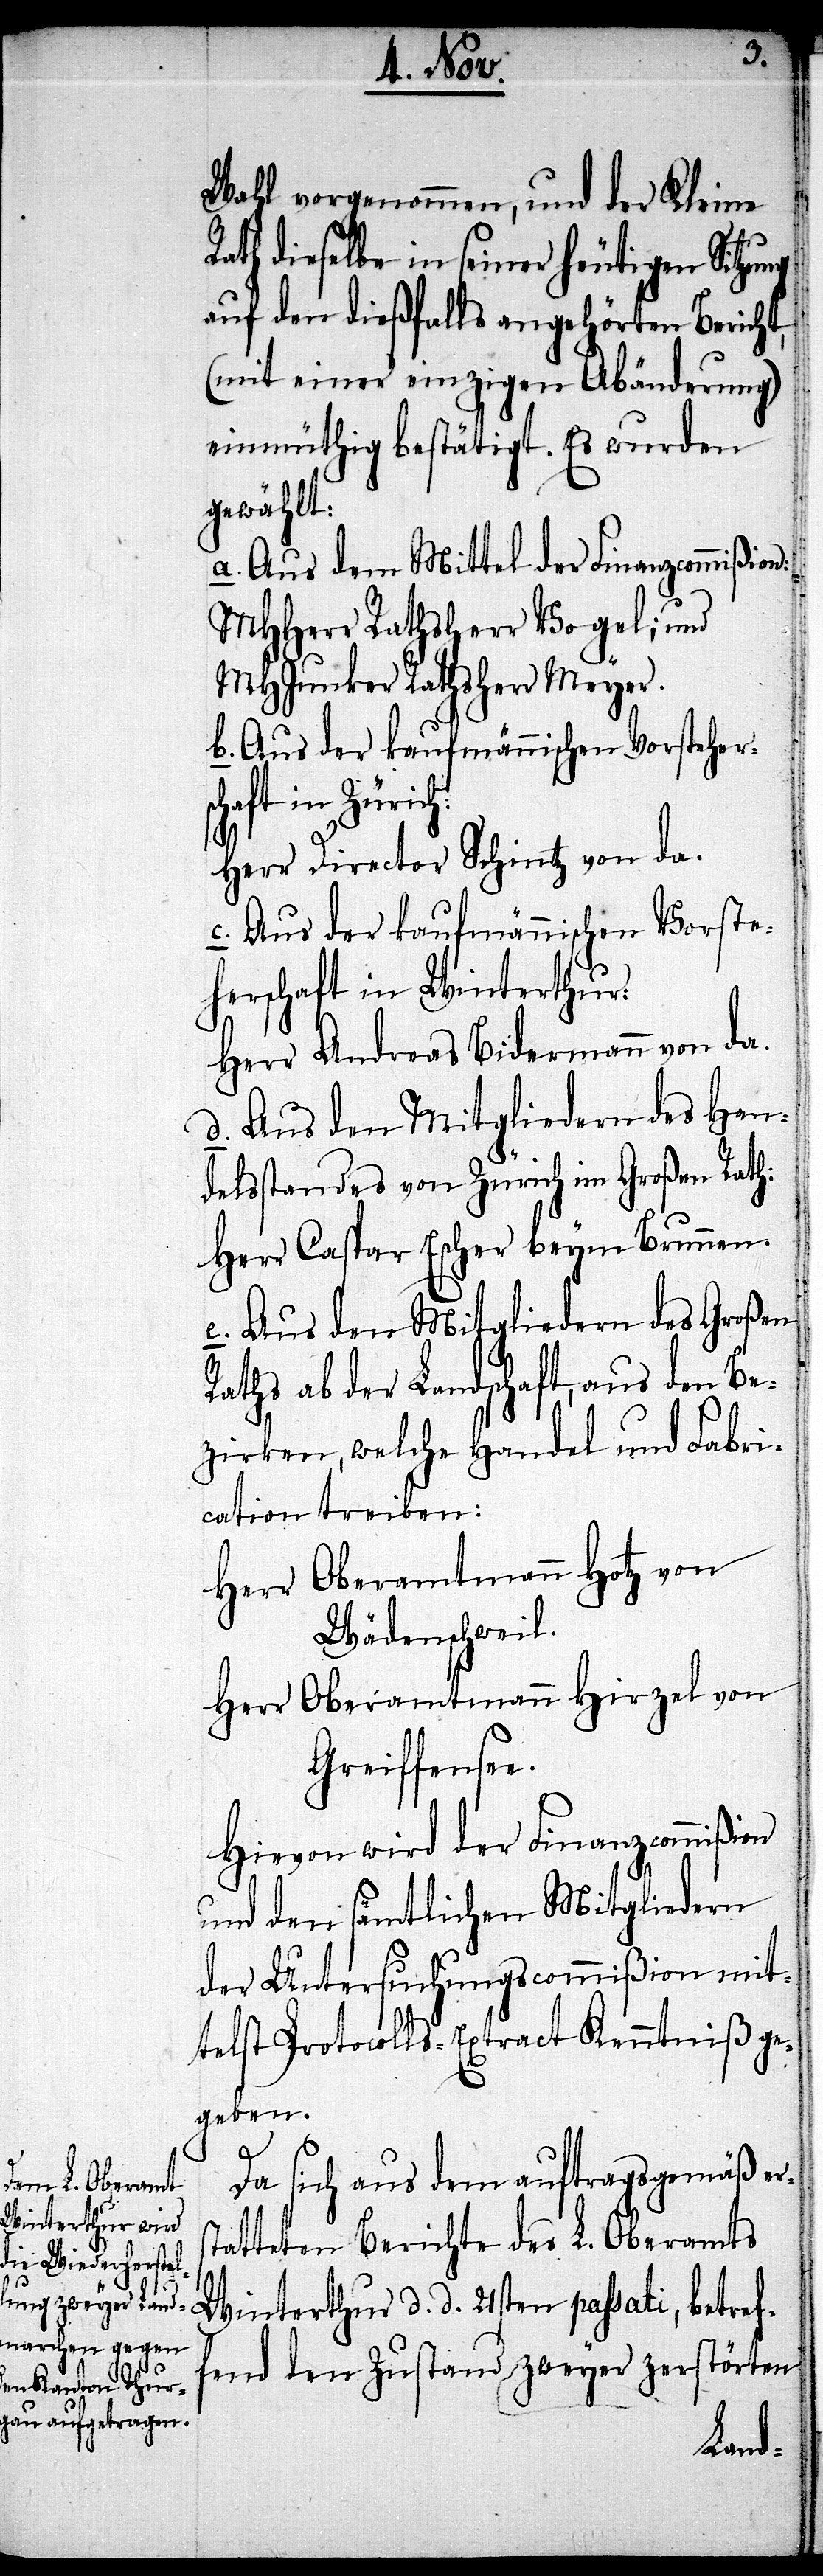
Wahl vorgenommen, und der Kleine
Rath dieselbe in seiner heutigen Sitzung
auf den dießfalls angehörten Bericht,
(mit einer einzigen Abänderung)
einmüthig bestätigt. Es wurden
gewählt:
a. Aus dem Mittel der Finanzcommißion:
MHHerr Rathsherr Vogel; und
MHJunker Rathsherr Meyer.
b. Aus der kaufmännischen Vorstehersc¬
haft in Zürich:
Herr Director Schintz von da.
c. Aus der kaufmännischen Vorste¬
herschaft in Winterthur:
Herr Andreas Bidermann von da.
d. Aus den Mitgliedern des Han¬
delsstandes von Zürich im Großen Rath:
Herr Caspar Escher beym Brunnen.
e. Aus den Mitgliedern des Großen
Raths ab der Landschaft, aus den Be¬
zirken, welche Handel und Fabri¬
cation treiben:
Herr Oberamtmann Hotz von
Wädenschweil.
Herr Oberamtmann Hirzel von
Greiffensee.
Hiervon wird der Finanzcommißion
und den sämtlichen Mitgliedern
der Untersuchungscommißion mit¬
telst Protocolls-Extract Kenntniß ge¬
geben.
s¬
Da sich aus dem auftragsgemäß er¬
tatteten Berichte des L. Oberamts
Winterthur d. d. 21sten passati, betref¬
fend den Zustand zweyer zerstörten